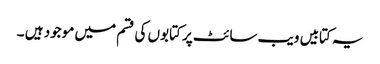
یہ کتابیں ویب سائٹ پر کتابوں کی قسم میں موجود ہیں ۔